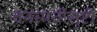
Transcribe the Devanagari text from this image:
वनस्पतीसृष्टी